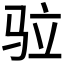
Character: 𩧧